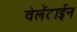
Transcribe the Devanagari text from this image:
वेलेंटाईन